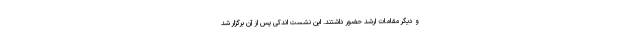
و دیگر مقامات ارشد حضور داشتند. این نشست اندکی پس از آن برگزار شد